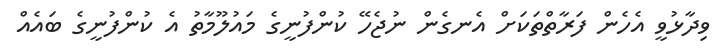
ވިދާޅުވީ އެހެން ފަރާތްތަކަށް އެނގެން ނުޖެހޭ ކުންފުނީގެ މައުލޫމާތު އެ ކުންފުނީގެ ބައެއް